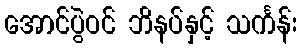
အောင်ပွဲဝင် ဘိနပ်နှင့် သင်္ကန်း